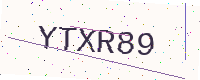
Text: YTXR89